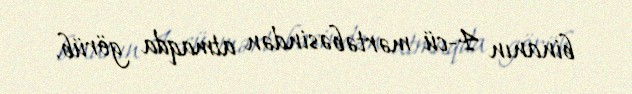
binanın 4-cü mərtəbəsindən atmaqda görüb.